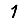
Digit: 1